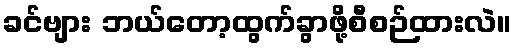
ခင်ဗျား ဘယ်တော့ထွက်ခွာဖို့စီစဉ်ထားလဲ။